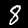
Label: 8